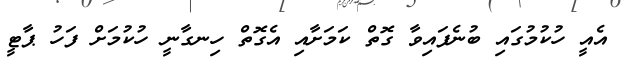
އެއީ ހުކުމުގައި ބުނެފައިވާ ގޮތް ކަމަށާއި އެގޮތް ހިނގާނީ ހުކުމަށް ފަހު ޕާޓީ